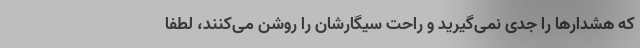
که هشدار‌ها را جدی نمی‌گیرید و راحت سیگارشان را روشن می‌کنند، لطفا